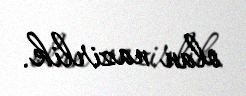
olan nazirlik.